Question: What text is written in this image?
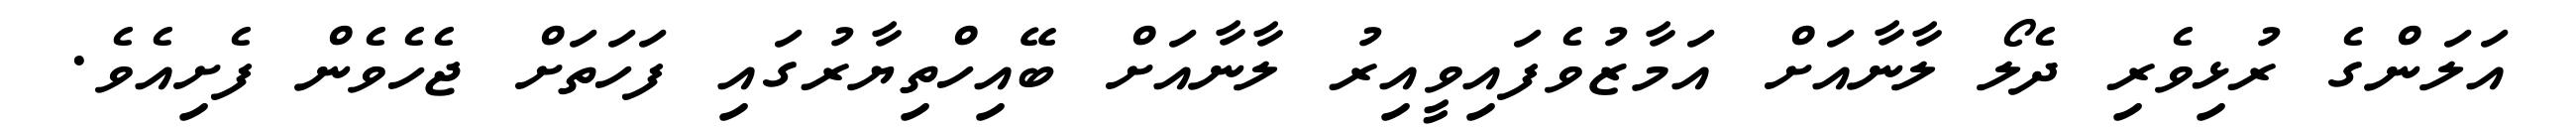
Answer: އަލަންގެ ރުޅިވެރި ދެލޯ ލާނާއަށް އަމާޒުވެފައިވީއިރު ލާނާއަށް ބޭއިހްތިޔާރުގައި ފަހަތަށް ޖެހެވެން ފެށިއެވެ.